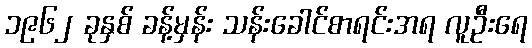
၁၉၆၂ ခုနှစ် ခန့်မှန်း သန်းခေါင်စာရင်းအရ လူဦးရေ